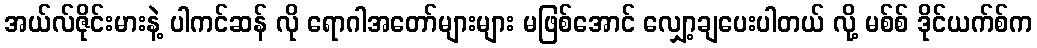
အယ်လ်ဇိုင်းမားနဲ့ ပါကင်ဆန် လို ရောဂါအတော်များများ မဖြစ်အောင် လျှော့ချပေးပါတယ် လို့ မစ်စ် ဒိုင်ယက်စ်က